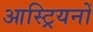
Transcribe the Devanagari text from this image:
आस्ट्रियनों